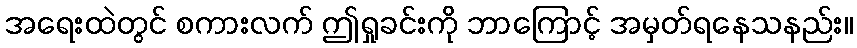
အရေးထဲတွင် စကားလက် ဤရှုခင်းကို ဘာကြောင့် အမှတ်ရနေသနည်း။